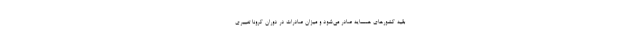
بقیه کشورهای همسایه صادر می‌شود و میزان صادرات در دوران کرونا تغییری